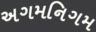
અગમનિગમ